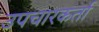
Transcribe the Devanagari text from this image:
उपचारकर्ता